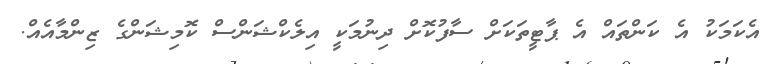
އެކަމަކު އެ ކަންތައް އެ ޕާޓީތަކަށް ސާފުކޮށް ދިނުމަކީ އިލެކްޝަންސް ކޮމިޝަންގެ ޒިންމާއެއް.